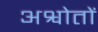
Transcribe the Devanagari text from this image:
अश्वोतों